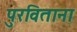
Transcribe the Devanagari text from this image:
पुरविताना